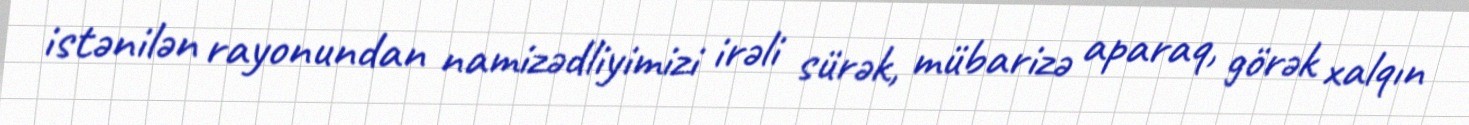
istənilən rayonundan namizədliyimizi irəli sürək, mübarizə aparaq, görək xalqın